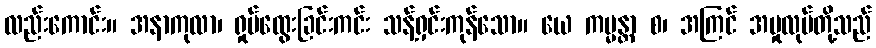
လည်းကောင်း။ အနာကုလာ၊ ရှုပ်ထွေးခြင်းကင်း သန့်ရှင်းကုန်သော။ ယေ ကမ္မန္တာ စ၊ အကြင် အမှုလုပ်တို့သည်